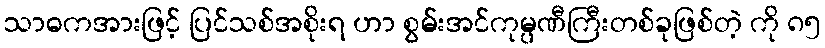
သာဓကအားဖြင့် ပြင်သစ်အစိုးရ ဟာ စွမ်းအင်ကုမ္ပဏီကြီးတစ်ခုဖြစ်တဲ့ ကို ၈၅